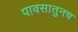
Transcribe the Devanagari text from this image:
पावसातुनच